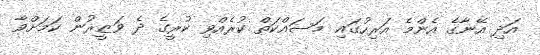
އަދި އޭނާގެ އެންމެ އަރިހުގައި މަސައްކަތް ކުރެއްވި ކުރީގެ ދެ ވަޒީރުން ކަމަށްވާ